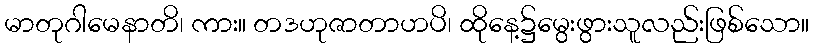
မာတုဂါမေနာတိ၊ ကား။ တဒဟုဇာတာဟပိ၊ ထိုနေ့၌မွေးဖွားသူလည်းဖြစ်သော။